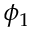
\phi _ { 1 }